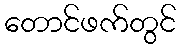
တောင်ဖက်တွင်